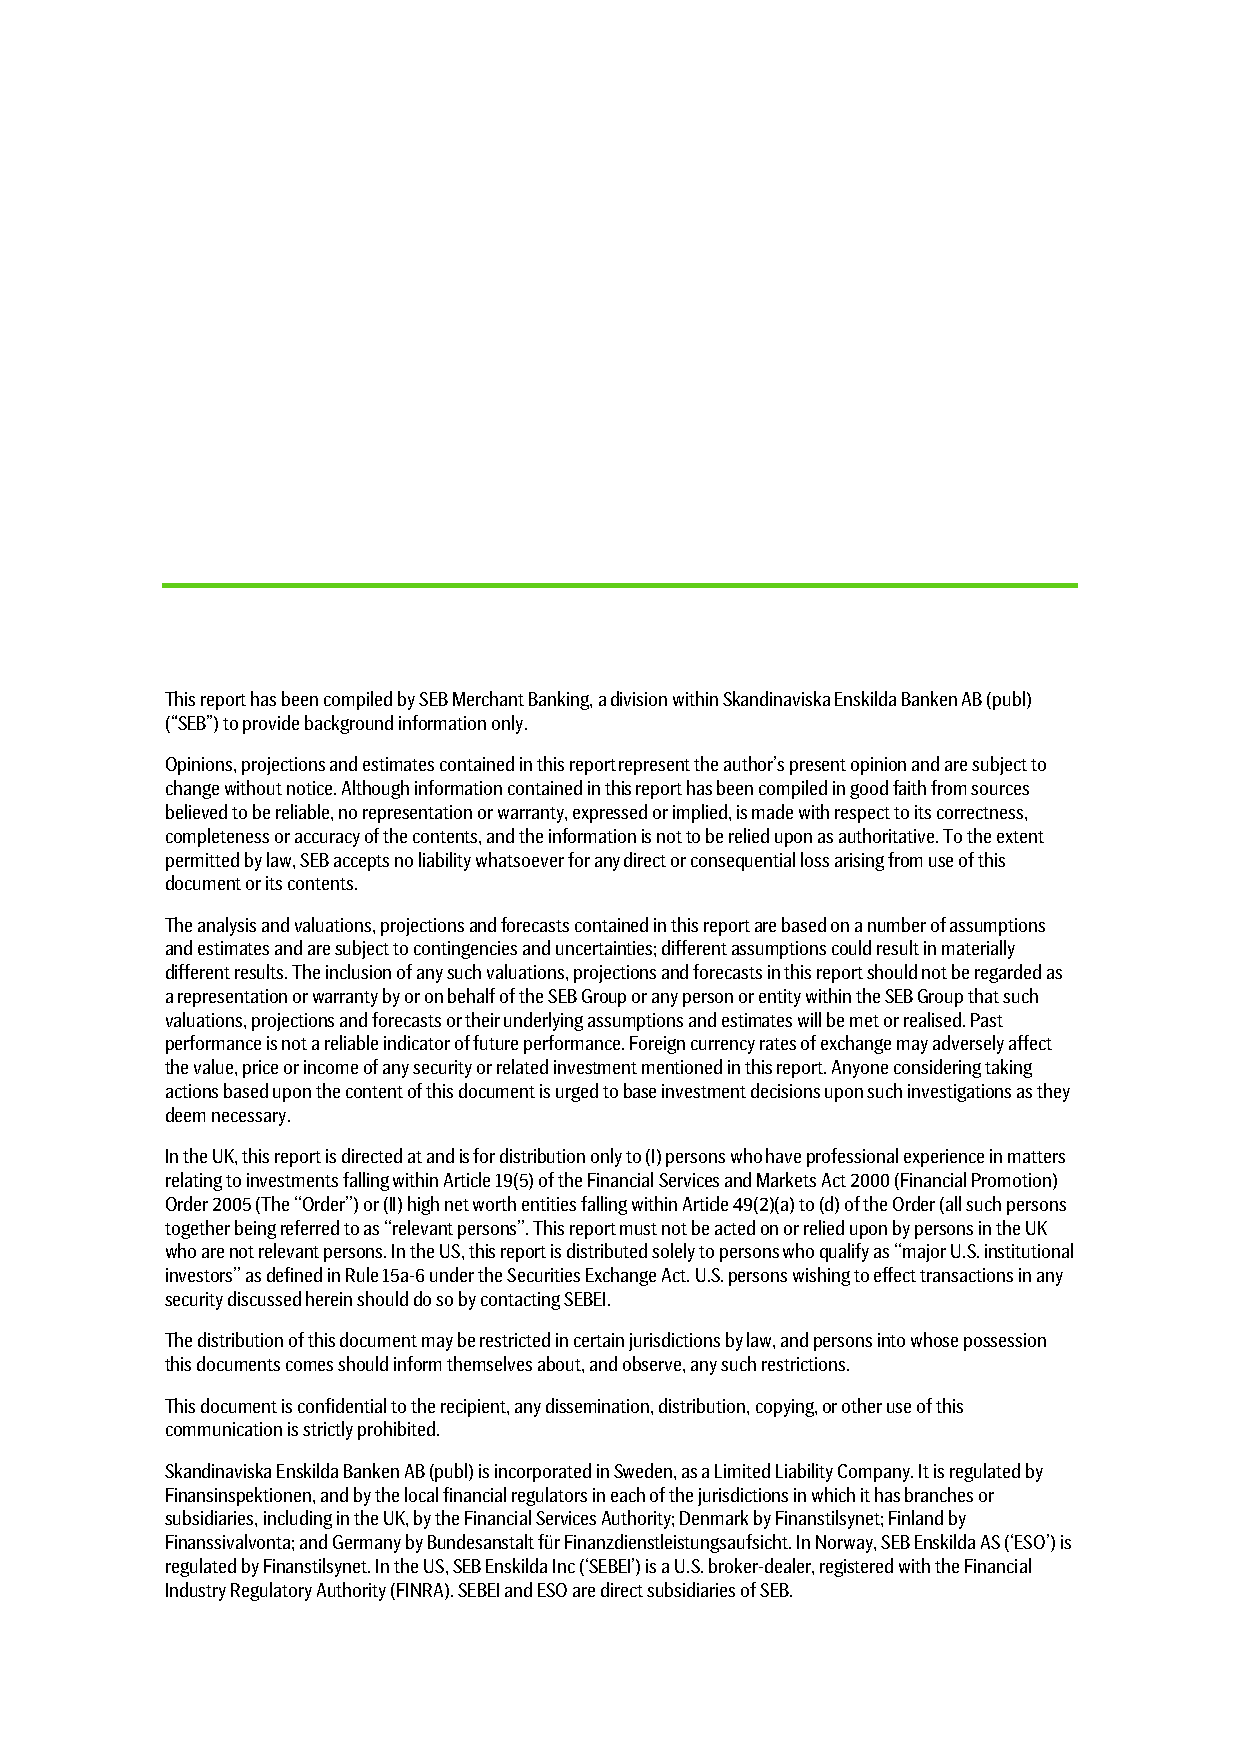
This report has been compiled by SEB Merchant Banking, a division within Skandinaviska Enskilda Banken AB (publ)
 (“SEB”) to provide background information only.
 Opinions, projections and estimates contained in this report represent the author’s present opinion and are subject to
 change without notice. Although information contained in this report has been compiled in good faith from sources
 believed to be reliable, no representation or warranty, expressed or implied, is made with respect to its correctness,
 completeness or accuracy of the contents, and the information is not to be relied upon as authoritative. To the extent
 permitted by law, SEB accepts no liability whatsoever for any direct or consequential loss arising from use of this
 document or its contents.
 The analysis and valuations, projections and forecasts contained in this report are based on a number of assumptions
 and estimates and are subject to contingencies and uncertainties; different assumptions could result in materially
 different results. The inclusion of any such valuations, projections and forecasts in this report should not be regarded as
 a representation or warranty by or on behalf of the SEB Group or any person or entity within the SEB Group that such
 valuations, projections and forecasts or their underlying assumptions and estimates will be met or realised. Past
 performance is not a reliable indicator of future performance. Foreign currency rates of exchange may adversely affect
 the value, price or income of any security or related investment mentioned in this report. Anyone considering taking
 actions based upon the content of this document is urged to base investment decisions upon such investigations as they
 deem necessary.
 In the UK, this report is directed at and is for distribution only to (I) persons who have professional experience in matters
 relating to investments falling within Article 19(5) of the Financial Services and Markets Act 2000 (Financial Promotion)
 Order 2005 (The ‘‘Order’’) or (II) high net worth entities falling within Article 49(2)(a) to (d) of the Order (all such persons
 together being referred to as ‘‘relevant persons’’. This report must not be acted on or relied upon by persons in the UK
 who are not relevant persons. In the US, this report is distributed solely to persons who qualify as ‘‘major U.S. institutional
 investors’’ as defined in Rule 15a-6 under the Securities Exchange Act. U.S. persons wishing to effect transactions in any
 security discussed herein should do so by contacting SEBEI.
 The distribution of this document may be restricted in certain jurisdictions by law, and persons into whose possession
 this documents comes should inform themselves about, and observe, any such restrictions.
 This document is confidential to the recipient, any dissemination, distribution, copying, or other use of this
 communication is strictly prohibited.
 Skandinaviska Enskilda Banken AB (publ) is incorporated in Sweden, as a Limited Liability Company. It is regulated by
 Finansinspektionen, and by the local financial regulators in each of the jurisdictions in which it has branches or
 subsidiaries, including in the UK, by the Financial Services Authority; Denmark by Finanstilsynet; Finland by
 Finanssivalvonta; and Germany by Bundesanstalt für Finanzdienstleistungsaufsicht. In Norway, SEB Enskilda AS (‘ESO’) is
 regulated by Finanstilsynet. In the US, SEB Enskilda Inc (‘SEBEI’) is a U.S. broker-dealer, registered with the Financial
 Industry Regulatory Authority (FINRA). SEBEI and ESO are direct subsidiaries of SEB.